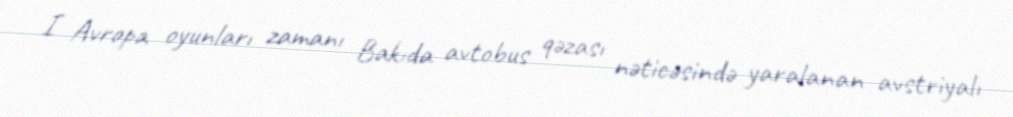
I Avropa oyunları zamanı Bakıda avtobus qəzası nəticəsində yaralanan avstriyalı